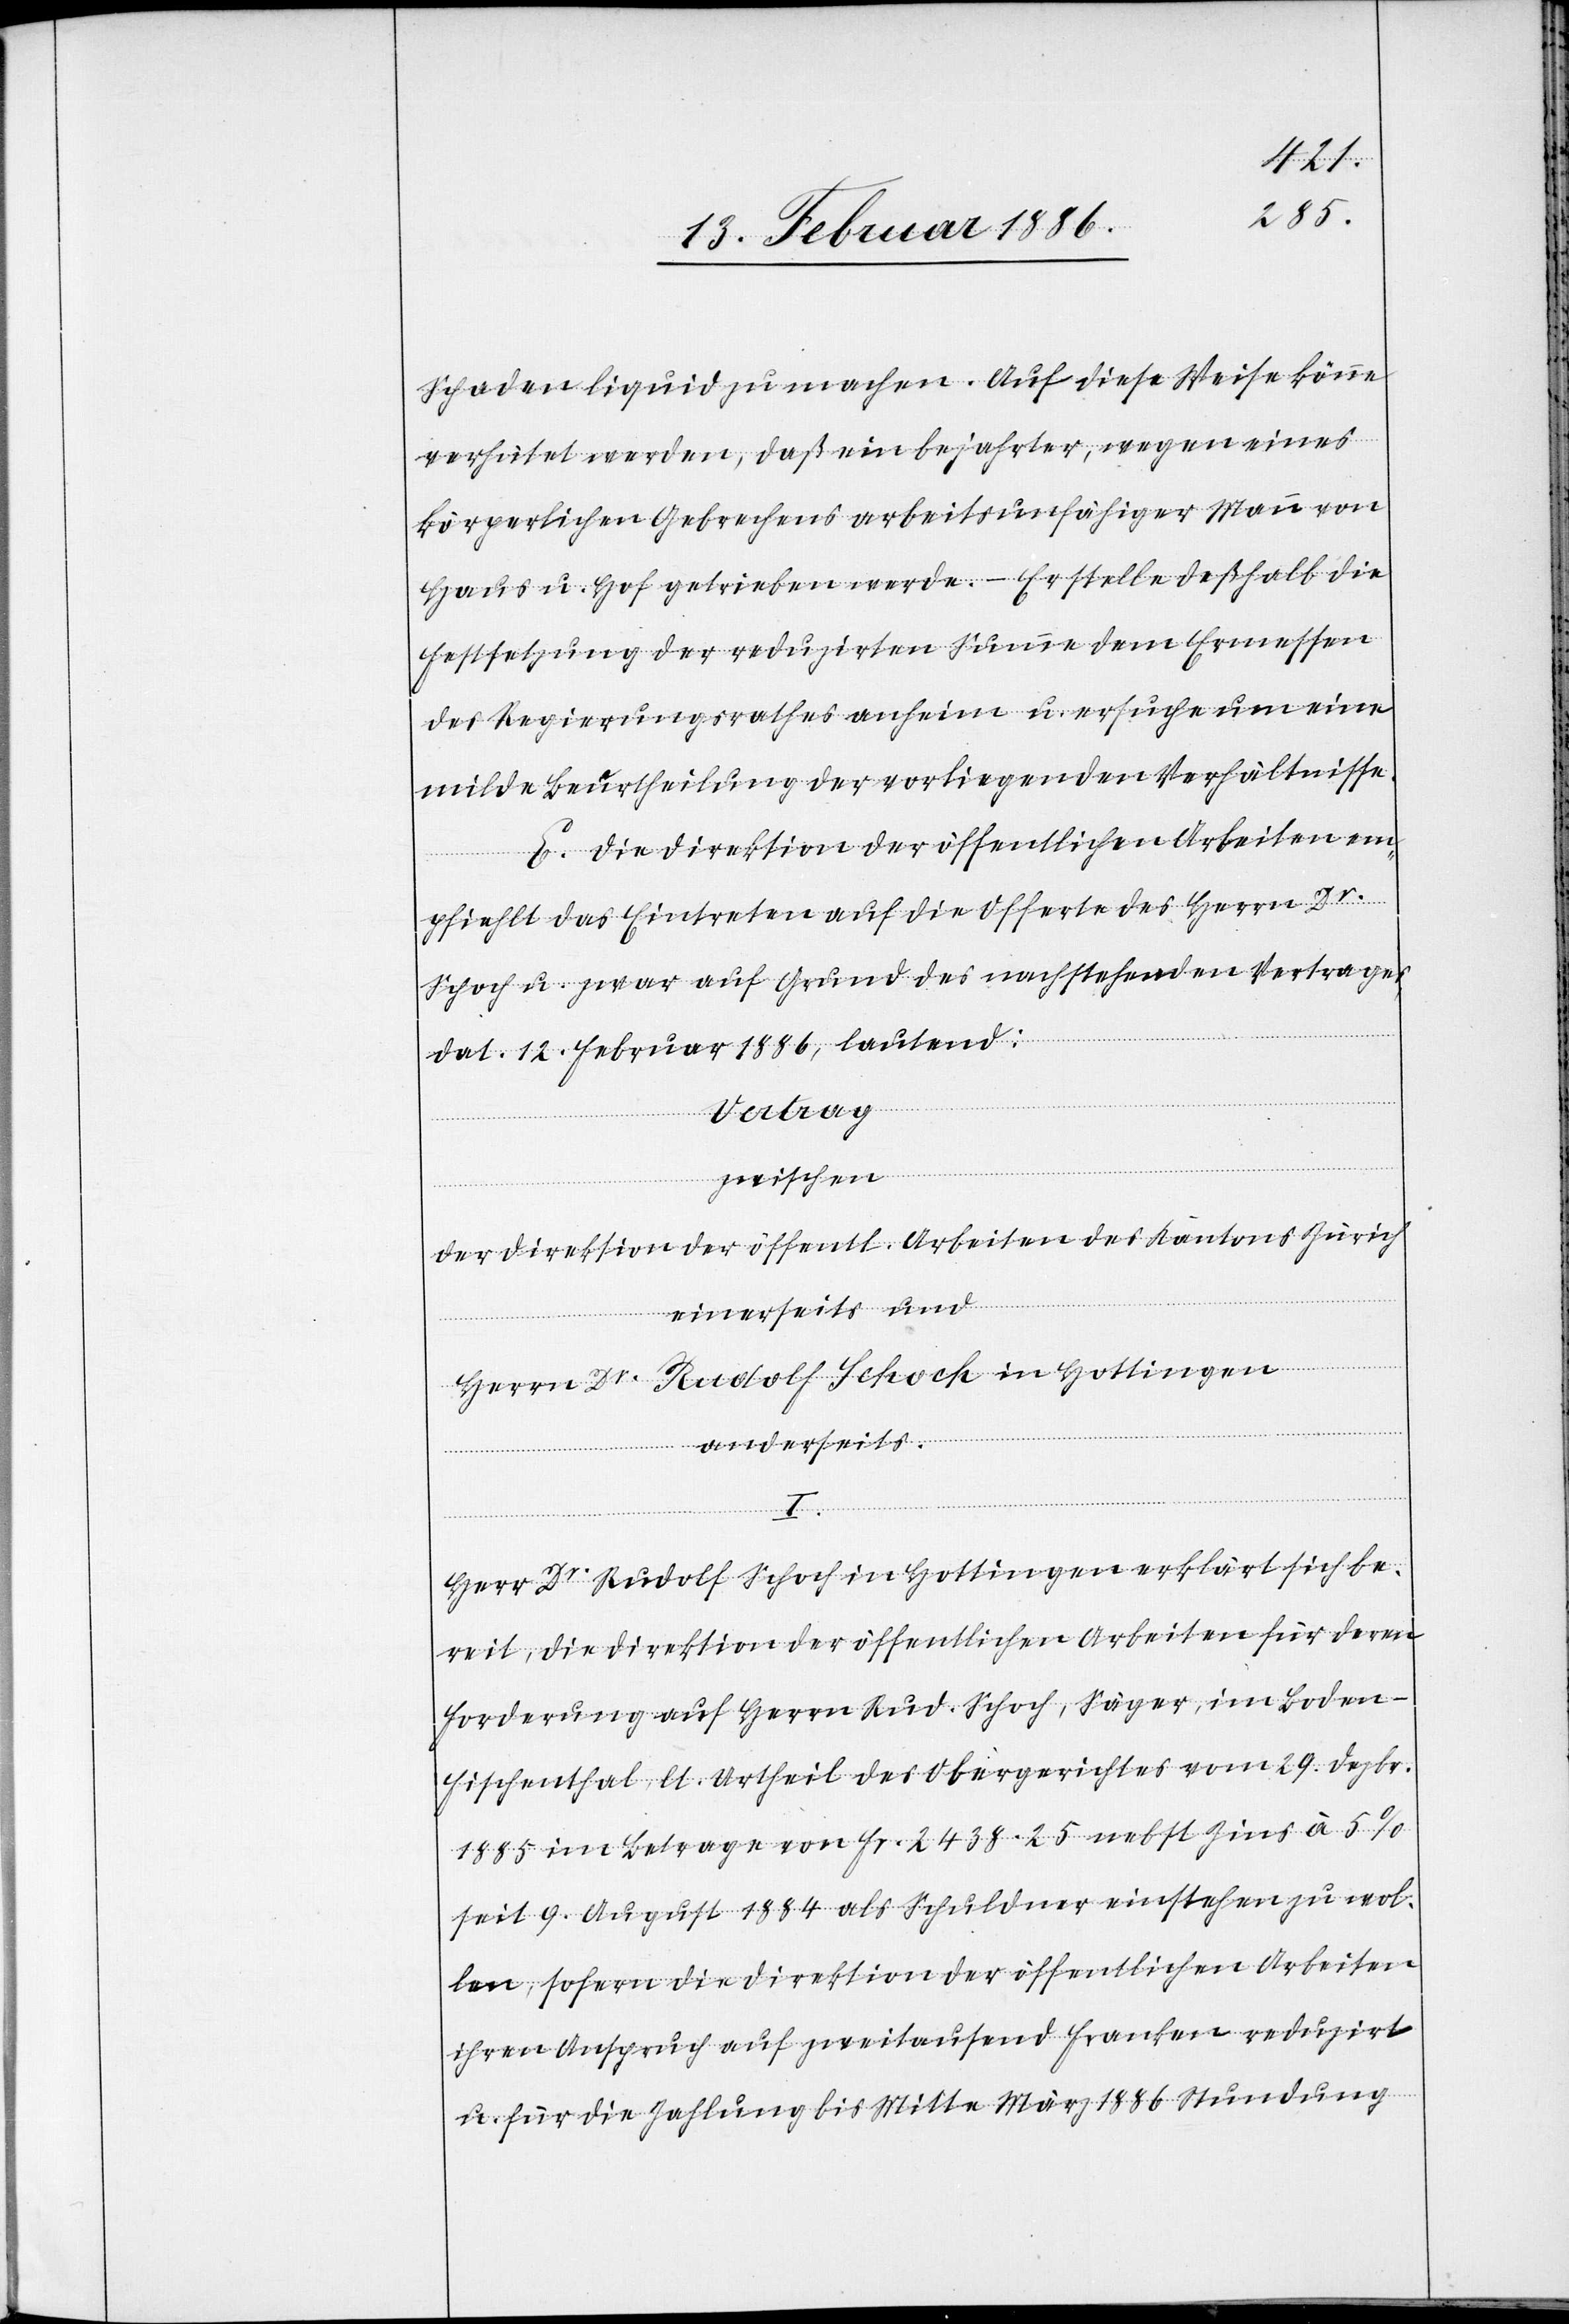
Schaden liquid zu machen. Auf diese Weise könne
verhütet werden, daß ein bejahrter, wegen eines
körperlichen Gebrechens arbeitsunfähiger Mann von
Haus u. Hof getrieben werde. – Er stelle deßhalb die
Festsetzung der reduzirten Summe dem Ermessen
des Regierungsrathes anheim u. ersuche um eine
milde Beurtheilung der vorliegenden Verhältnisse.
E. Die Direktion der öffentlichen Arbeiten em¬
pfiehlt das Eintreten auf die Offerte des Herrn Dr.
Schoch u. zwar auf Grund des nachstehenden Vertrages,
dat. 12. Februar 1886, lautend:
Vertrag
zwischen
der Direktion der öffentl. Arbeiten des Kantons Zürich
einerseits und
Herrn Dr. Rudolf Schoch in Hottingen
anderseits.
I.
„Herr Dr. Rudolf Schoch in Hottingen erklärt sich be¬
reit, der Direktion der öffentlichen Arbeiten für deren
Forderung auf Herrn Rud. Schoch, Säger, im Boden
Fischenthal, lt. Urtheil des Obergerichtes vom 29. Dezbr.
1885 im Betrage von Fr. 2438.25 nebst Zins à 5%
seit 9. August 1884 als Schuldner einstehen zu wol¬
len, sofern die Direktion der öffentlichen Arbeiten
ihren Anspruch auf zweitausend Franken reduzirt
u. für die Zahlung bis Mitte März 1886 Stundung